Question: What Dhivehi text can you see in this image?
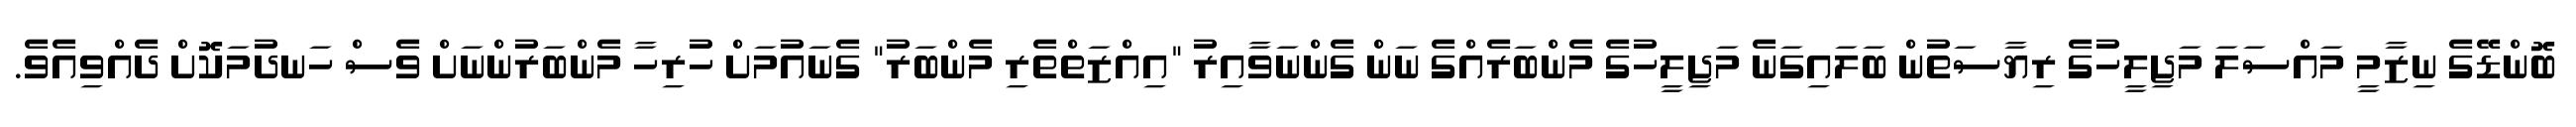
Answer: ބޮންޑޭގެ ނިޒާމީ މައްސަލަ މަޖިލީހުގެ ރިޔާސަތުން ބަލައިގަނެ މަޖިލީހުގެ މެންބަރެއްގެ ނަން ގެންނަވާއިރު "އިއްޒަތްތެރި މެންބަރު" ގެނައުމަށް ހުރިހާ މެންބަރުންނަށް ވެސް ހަނދުމަކޮށް ދެއްވިއެވެ.